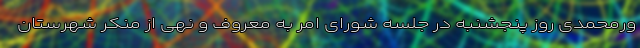
ورمحمدی روز پنجشنبه در جلسه شورای امر به معروف و نهی از منکر شهرستان